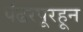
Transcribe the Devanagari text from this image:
पंढरपूरहून